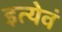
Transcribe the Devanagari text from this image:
इत्येवं